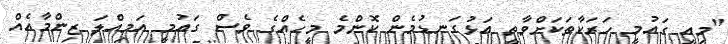
"މިއީ ގައުމީ ހަރަކާތަކަށްވާތީ އަޅުގަނޑުމެން ކޮންމެ މީހެއްގެ ވެސް ގައުމީ އަމިއްލަ ޒިންމާއެއް